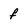
Character: f